Lunatic asylums Central Provinces reports 1910-1926 - 1910-1926
Year: 1910
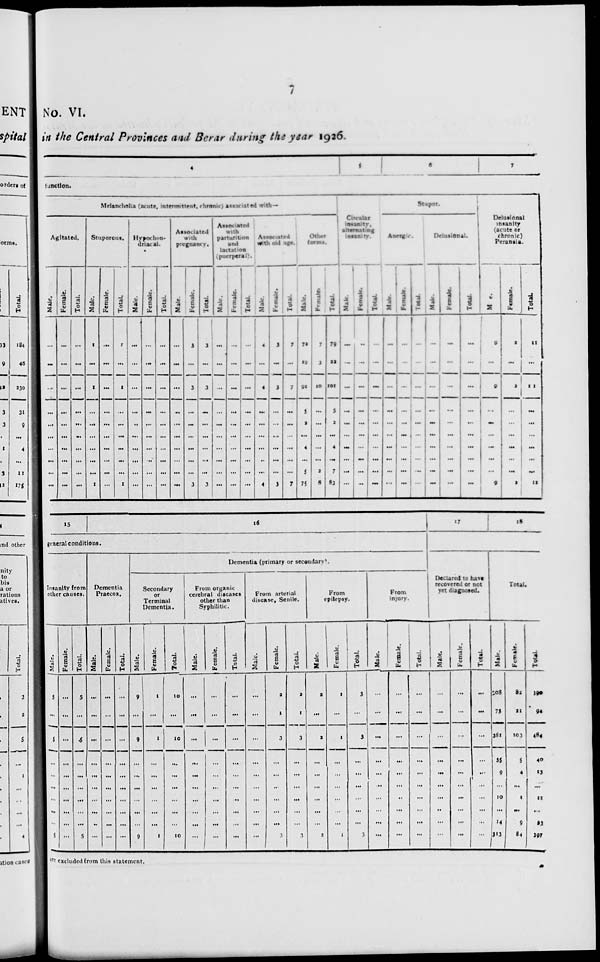
7
No. VI.
in the Central Provinces and Berar during the year 1926.
4
5
6
7
function.
Melancholia (acute, intermittent, chronic) associated with —
Agitated.
Male.
...
...
...
...
...
...
...
...
...
...
Female.
...
...
...
...
...
...
...
...
...
...
Total.
...
...
...
...
...
...
...
...
...
...
Stuporous.
Male.
1
...
1
...
...
...
...
...
...
1
Female.
...
...
...
...
...
...
...
...
...
...
Total.
1
...
1
...
...
...
...
...
...
1
Hypochon-
driacal.
Male.
...
...
...
...
...
...
...
...
...
...
Female.
...
...
...
...
...
...
...
...
...
...
Total.
...
...
...
...
...
...
...
...
...
...
Associated
with
pregnancy.
Male.
...
...
...
...
...
...
...
...
...
...
Female.
3
...
3
...
...
...
...
...
...
3
Total.
3
...
3
...
...
...
...
...
...
3
Associated
with
parturition
and
lactation
puerperal).
Male.
...
...
...
...
...
...
...
...
...
...
Female.
...
...
...
...
...
...
...
...
...
...
Total.
...
...
...
...
...
...
...
...
...
...
Associated
with old age.
Male.
4
...
4
...
...
...
...
...
...
4
Female.
3
...
3
...
...
...
...
...
...
3
Total.
7
...
7
...
...
...
...
...
...
7
Other
forms.
Male.
72
19
91
5
2
...
4
...
5
75
Female.
7
3
10
...
...
...
...
...
2
8
Total.
79
22
101
5
2
...
4
...
7
83
Circular
insanity,
alternating
insanity.
Male.
...
...
...
...
...
...
...
...
...
...
Female.
...
...
...
...
...
...
...
...
...
...
Total.
...
...
...
...
...
...
...
...
...
...
Stupor.
Anergee.
Male.
...
...
...
...
...
...
...
...
...
...
Female.
...
...
...
...
...
...
...
...
...
...
Total.
...
...
...
...
...
...
...
...
...
...
Delusional.
Male.
...
...
...
...
...
...
...
...
...
...
Female.
...
...
...
...
...
...
...
...
...
...
Total.
...
...
...
...
...
...
...
...
...
...
Delusional
insanity
(acute or
chronic)
Peransia.
Male.
9
...
9
...
...
...
...
...
...
9
Female.
2
...
2
...
...
...
... ...
...
2
Total.
11
...
11
...
...
...
...
...
...
11
15
16
general conditions.
Insanity from
other causes.
Male.
5
...
5
...
...
...
...
...
...
5
Female.
...
...
...
...
...
...
...
...
...
...
Total.
5
...
5
...
...
...
...
...
...
5
Dementia
Praecox.
Male.
...
...
...
...
...
...
...
...
...
...
Female.
...
...
...
...
...
...
...
...
...
...
Total.
...
...
...
...
...
...
...
...
...
...
Dementia (primary or secondary).
Secondary
or
Terminal
Dementia.
Male.
9
...
9
...
...
...
...
...
...
9
Female.
1
...
1
...
...
...
...
...
...
1
Total.
10
...
10
...
...
...
...
...
...
10
From organic
cerebral diseases
other than
Syphilitic.
Male.
...
...
...
...
...
...
...
...
...
...
Female.
...
...
...
...
...
...
...
...
...
...
Total.
...
...
...
...
...
...
...
...
...
...
From arterial
disease, Senile.
Male.
...
...
...
...
...
...
...
...
...
...
Female.
2
1
3
...
...
...
...
...
...
3
Total.
2
1
3
...
...
...
...
...
...
3
From
epilepsy.
Male.
2
...
2
...
...
...
...
...
...
2
Female.
1
...
1
...
...
...
...
...
...
1
Total.
3
...
3
...
...
...
...
...
...
3
From
injury.
Male.
...
...
...
...
...
...
...
...
...
...
Female.
...
...
...
...
...
...
...
...
...
...
Total.
...
...
...
...
...
...
...
...
...
...
17
18
Declared to have
recovered or not
yet diagnosed.
Male.
...
...
...
...
...
...
...
...
...
...
Female.
...
...
...
...
...
...
...
...
...
...
Total.
...
...
...
...
...
...
...
...
...
...
Total.
Male.
208
73
381
35
9
...
10
...
14
313
Female.
82
21
103
5
4
...
1
...
9
84
Total.
390
94
484
40
13
...
11
...
23
397
are excluded from this statement.